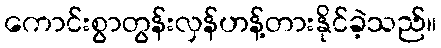
ကောင်းစွာတွန်းလှန်ဟန့်တားနိုင်ခဲ့သည်။